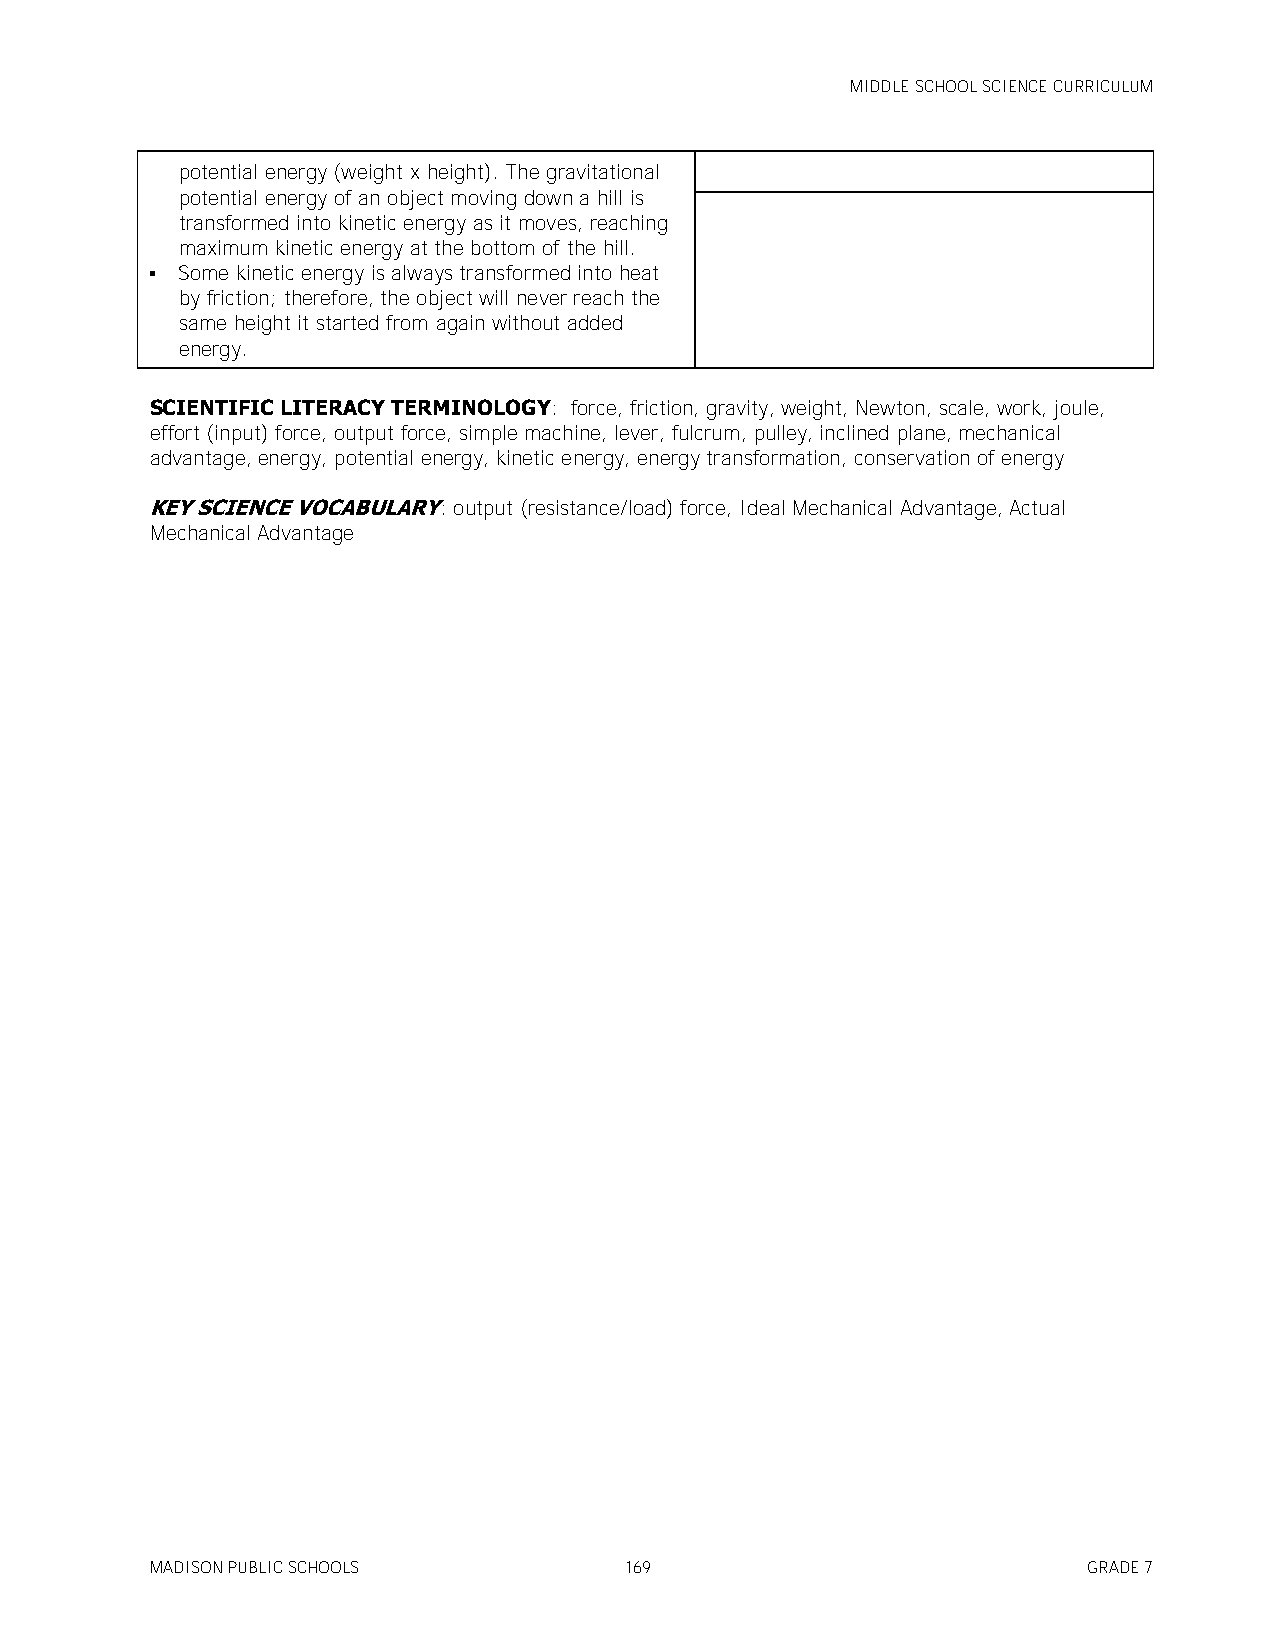
MIDDLE SCHOOL SCIENCE CURRICULUM
 potential energy (weight x height). The gravitational
 potential energy of an object moving down a hill is
 transformed into kinetic energy as it moves, reaching
 maximum kinetic energy at the bottom of the hill.
  Some kinetic energy is always transformed into heat
 by friction; therefore, the object will never reach the
 same height it started from again without added
 energy.
 SCIENTIFIC LITERACY TERMINOLOGY: force, friction, gravity, weight, Newton, scale, work, joule,
 effort (input) force, output force, simple machine, lever, fulcrum, pulley, inclined plane, mechanical
 advantage, energy, potential energy, kinetic energy, energy transformation, conservation of energy
 KEY SCIENCE VOCABULARY: output (resistance/load) force, Ideal Mechanical Advantage, Actual
 Mechanical Advantage
 MADISON PUBLIC SCHOOLS         169                            GRADE 7